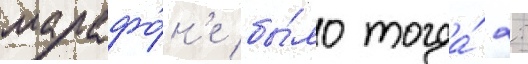
марафо́н'е бы́ло тогда́ 2: